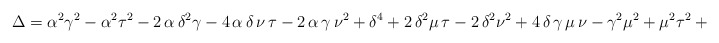
\begin{align*}\Delta = { \alpha}^{2}{\gamma}^{2}-{\alpha}^{2}{\tau}^{2}-2\,\alpha\,{\delta}^{2} \gamma-4\,\alpha\,\delta\,\nu\,\tau-2\,\alpha\,\gamma\,{\nu}^{2}+{ \delta}^{4}+2\,{\delta}^{2}\mu\,\tau-2\,{\delta}^{2}{\nu}^{2}+4\, \delta\,\gamma\,\mu\,\nu-{\gamma}^{2}{\mu}^{2}+{\mu}^{2}{\tau}^{2}+2\, \mu\,{\nu}^{2}\tau+{\nu}^{4}.\end{align*}